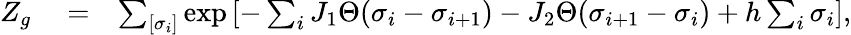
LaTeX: \begin{array}{rlr}{Z_{g}}&{{}=}&{\sum_{[\sigma_{i}]}\exp\left[-\sum_{i}J_{1}\Theta(\sigma_{i}-\sigma_{i+1})-J_{2}\Theta(\sigma_{i+1}-\sigma_{i})+h\sum_{i}\sigma_{i}\right],}\end{array}